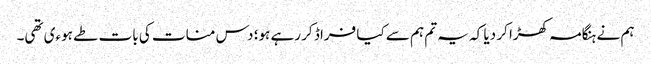
ہم نے ہنگامہ کھڑا کر دیا کہ یہ تم ہم سے کیا فراڈ کر رہے ہو؛ دس منات کی بات طے ہوءی تھی۔